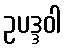
ဥပဒ္ဒဝါ